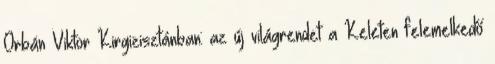
Orbán Viktor Kirgizisztánban: az új világrendet a Keleten felemelkedő